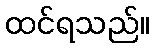
ထင်ရသည်။